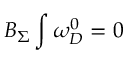
B _ { \Sigma } \int \omega _ { D } ^ { 0 } = 0 \;